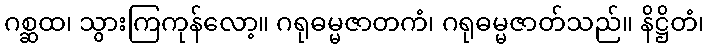
ဂစ္ဆထ၊ သွားကြကုန်လော့။ ဂရုဓမ္မဇာတကံ၊ ဂရုဓမ္မဇာတ်သည်။ နိဋ္ဌိတံ၊